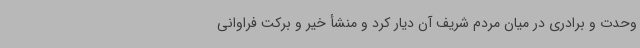
وحدت و برادری در میان مردم شریف آن دیار کرد و منشأ خیر و برکت فراوانی